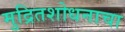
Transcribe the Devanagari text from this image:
मुद्रितशोधनाचा